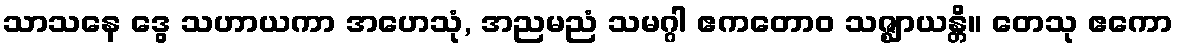
သာသနေ ဒွေ သဟာယကာ အဟေသုံ, အညမညံ သမဂ္ဂါ ဧကတောဝ သဇ္ဈာယန္တိ။ တေသု ဧကော